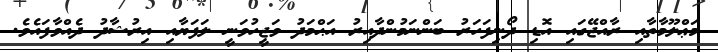
މަޢްލޫމާތާއި ރާއްޖޭގައި އޮޑި ދޯނިފަހަރު ބަންނަމުންދާއިރު އަޙްމަދު ވަޖީހުވަނީ ލަފަޔާއި އިރުޝާދު ދެއްވާފައެވެ.